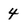
Character: 4